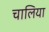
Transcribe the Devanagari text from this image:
चालिया